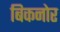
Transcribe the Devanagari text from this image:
बिकनोर